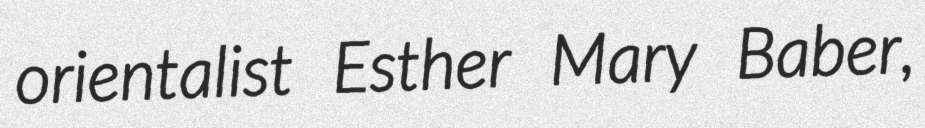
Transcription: orientalist Esther Mary Baber,